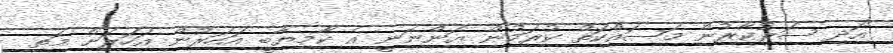
އަދި ސަރުކާރުން މަސައްކަތް ކުރަމުން އަންނަނީ އެ ކާމިޔާބީ އަހަރުން އަހަރަށް މަތި